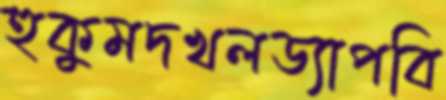
হুকুমদখলড্যাপবি